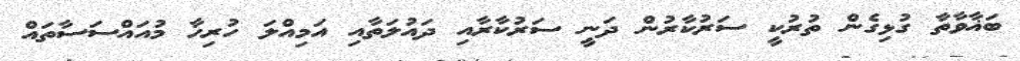
ބަޣާވާތާ ގުޅިގެން ތުރުކީ ސަރުކާރުން ދަނީ ސަރުކާރާއި ދައުލަތާއި އަމިއްލަ ހުރިހާ މުއައްސަސާތައް